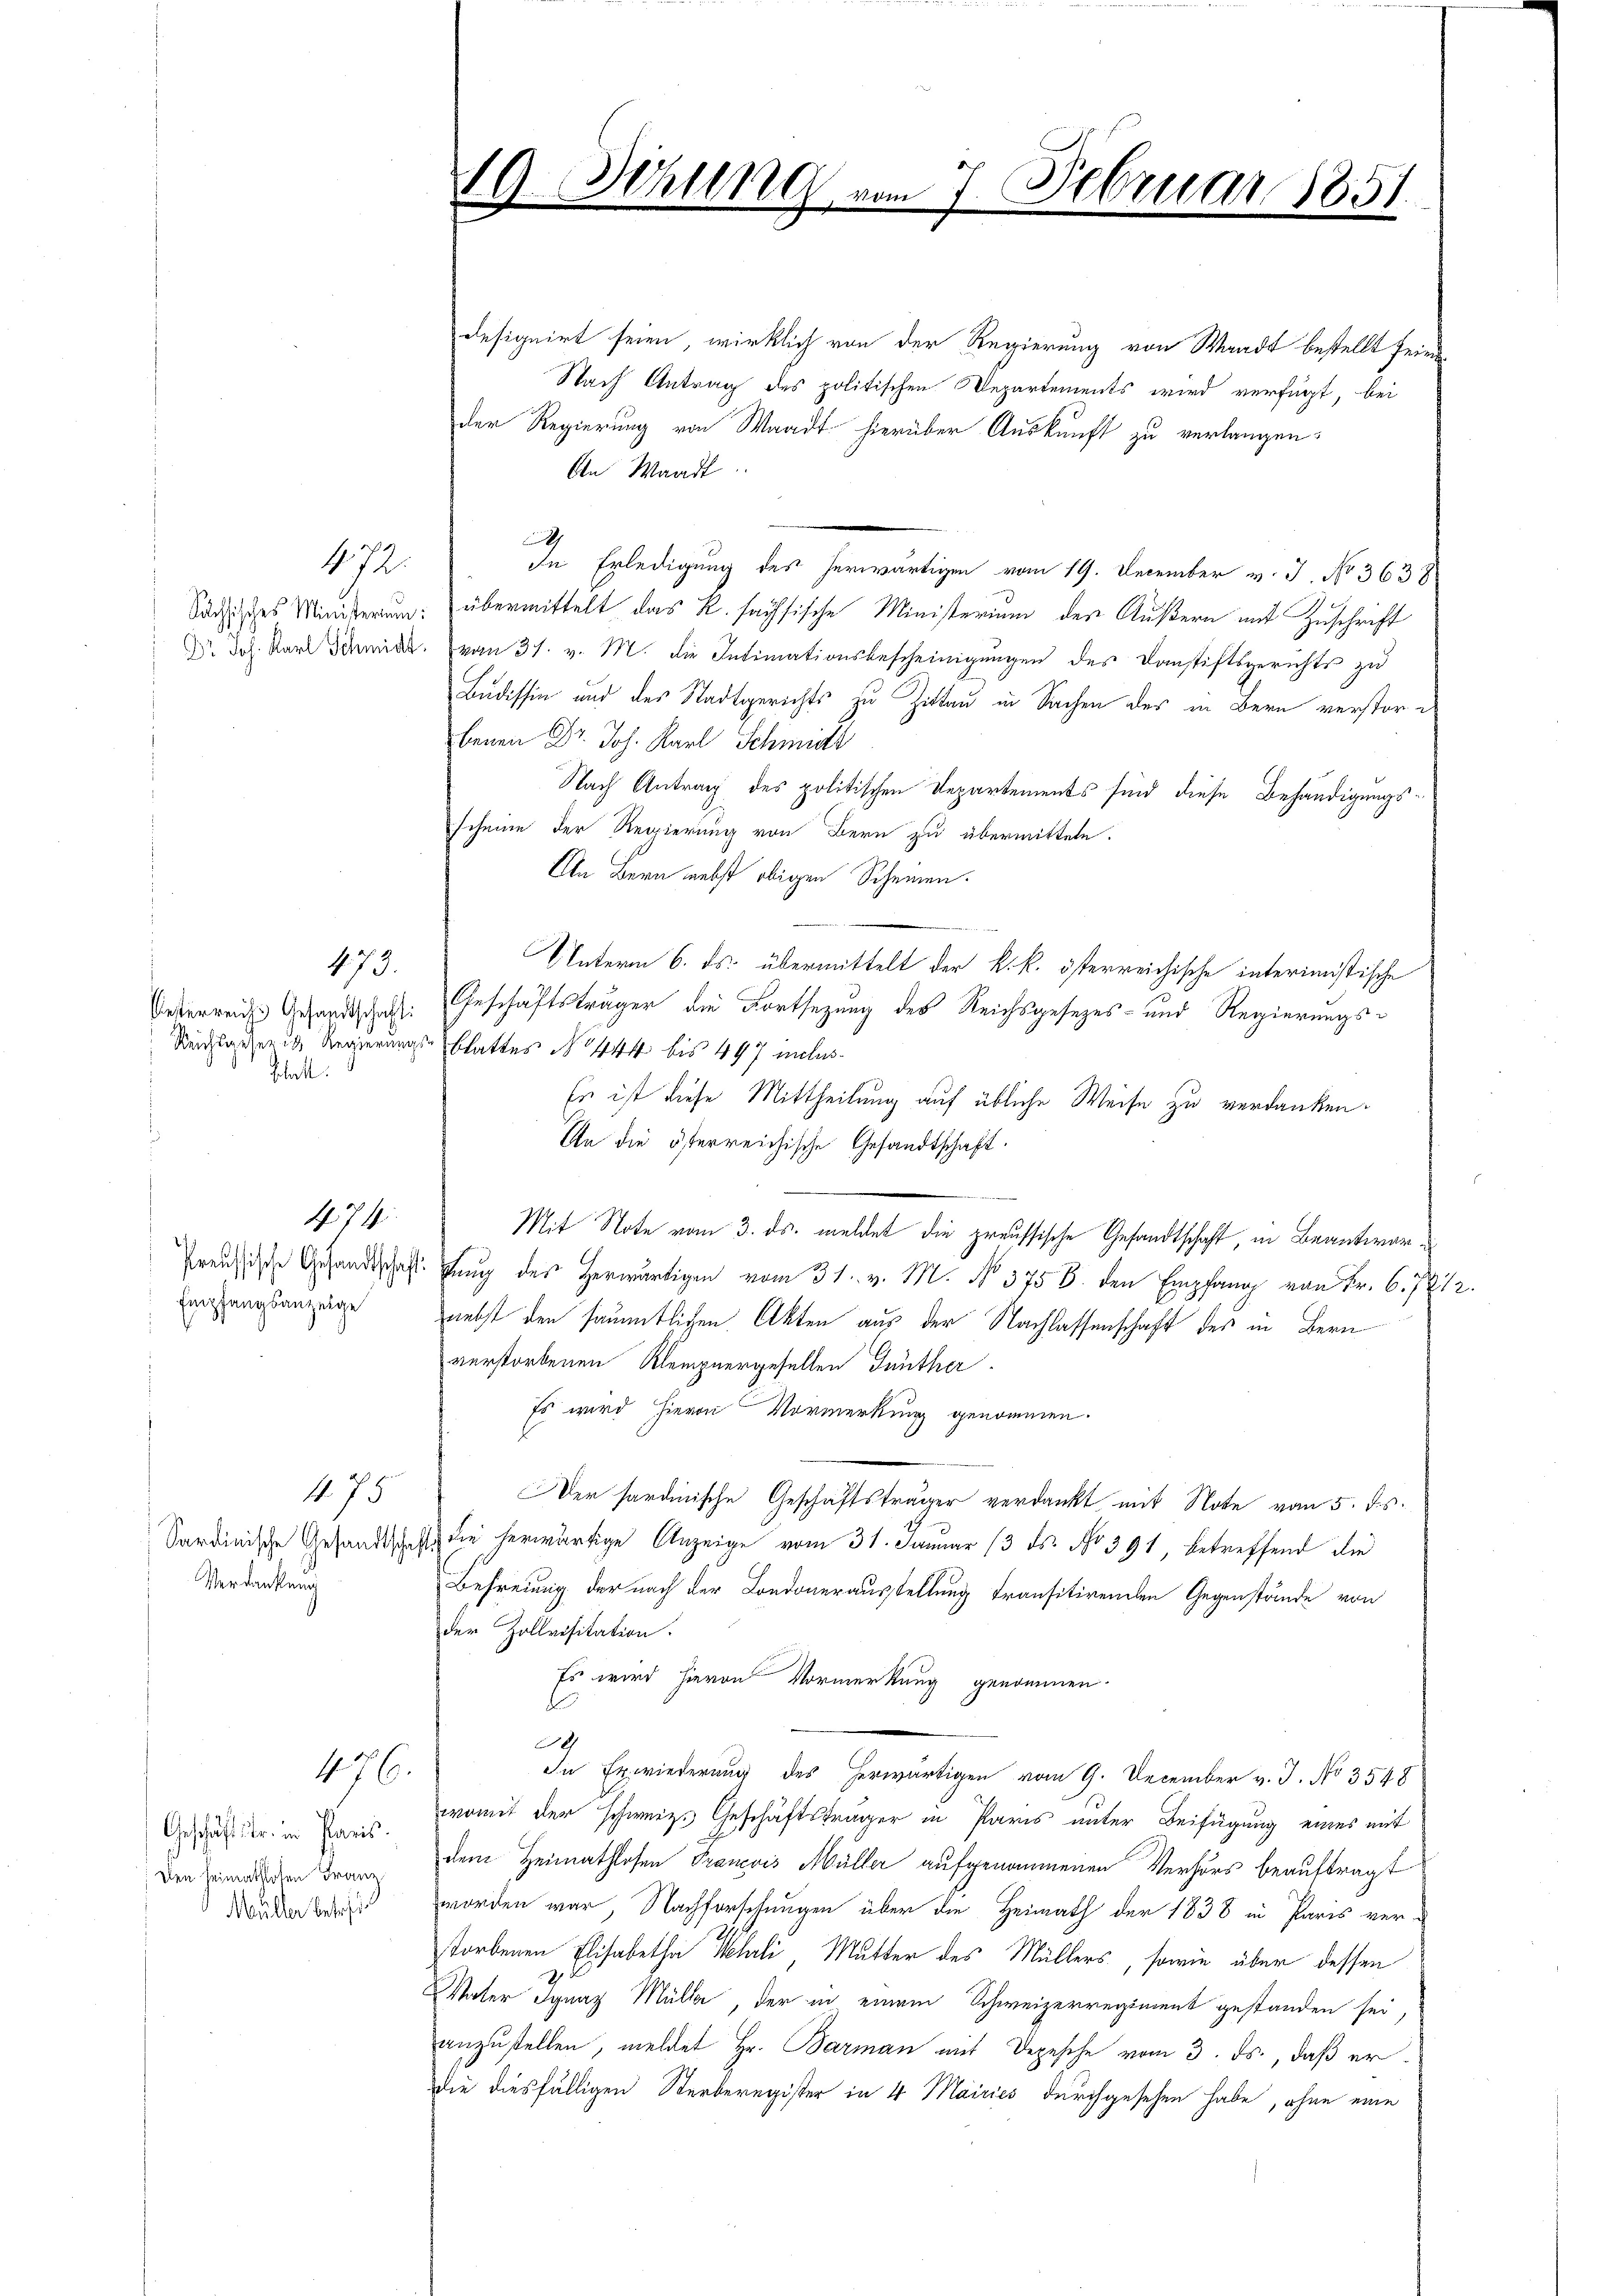
472.

473.
Oesterreich. Gesandtschaft
oheit.

74
Empfangsanzeige

175
Sardinische Gesandtschaft
Verdankung

476.

Geschäftstr. in Paris.
Den Heimathlosen Franz
Müller befrist

1.

Schling vom

7 Februar 1851.
.

designirt seien, wirklich von der Regierung von Waadt bestellt seien
Nach Antrag des politischen Departements wird verfügt, bei
der Regierung von Waadt hierüber Auskunft zu verlangen.
An Waadt
J
de Erledigung des herwärtigen vom 19. December v. 3. No 3638
Sochisches Ministerum: übermittelt das R. sachsische Ministerium der Äußern mit Zuschrift
Dr. Joh. Karl Schmid von 31. v. M. die Intimationsbescheinigungen des Danstiftsgerichts zu
Budissin und des Stadtgerichts zu Zittau in Sachen des in Bern verstore
benen Dr. Joh. Karl Schmidt
Nach Antrag des politischen Departements sind diese Behändigungsscheine der Regierung von Bern zu übermitteln.
An Bern nebst obigen Scheinen.
Unterm 6. ds. übermittelt der k. k. österreichische interimistische
Geschäftsträger die Fortsezung des Reichsgesezes- und Regierungs¬
Reichlager u Regierungsblattes No 444 bis 497 miles.
Es ist diese Mittheilung auf übliche Weise zu verdanken.
An die österreichische Gesandtschaft.
Mit Note vom 3. ds. meldet die preussische Gesandtschaft, in Beantwor¬
Preise Gesandtschaft fung des herwärtigen vom 31. v. M. No. 375 6. den Empfang von Fr. 6. 7812.
nebst den sämmtlichen Akten aus der Nachlassenschaft des in Bern
verstorbenen Klempnergesellen Günther
Es wird hievon Vormerkung genommen.
Der hardinische Geschäftsträger verdankt mit Note vom 5. ds.
 die herwärtige Anzeige vom 31. Januar (3 ds. No 391 betreffend die
Befreiung der nach der Londonerausstellung transitirenden Gegenstände von
der Zollvisitation.
Es wird hievon Vormerkung genommen.
9
Iie Erwiederung des herwärtigen vom 9. December v. J. No 3548
womit der schweiz. Geschäftsträger in Paris unter Beifügung eines mit
dem Heimathlosen Francois Müller aufgenommenen Verhörs beauftragt
worden war, Nachforschungen über die Heimath der 1838 in Paris ver-
storbenen Elisabetha Kehli, Mutter des Müllers, sowie über dessen
Vater Ignaz Mülle, der in einem Schweizerregiment gestanden sei,
anzustellen, meldet Hr. Barman mit Depesche vom 3. ds., daß er
die diesfälligen Sterberegister in 4 Mairies durchgesehen habe, ohne eine